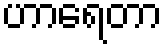
ဟာရေတာ